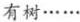
有树……